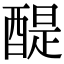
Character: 醍